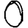
Digit: 0